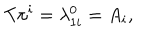
LaTeX: T \pi ^ { i } = \lambda _ { 1 i } ^ { 0 } = A _ { i } ,